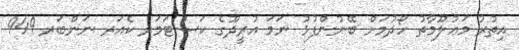
އިތުރު މަޢުލޫމާތު ހޯދުމަށް ބޭނުންފުޅު ނަމަ އުރީދޫގެ ކަސްޓަމަރ ކެއަރ ނަންބަރ 949